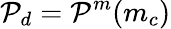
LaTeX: \mathcal{P}_{d}=\mathcal{P}^{m}(m_{c})